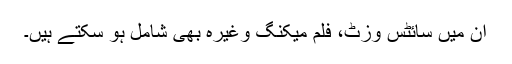
ان میں سائٹس وزٹ، فلم میکنگ وغیرہ بھی شامل ہو سکتے ہیں۔